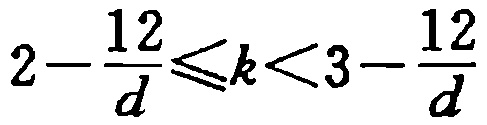
\(2 - \frac{12}{d} \leqslant k < 3 - \frac{12}{d}\)